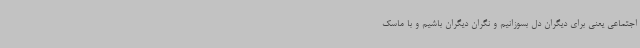
اجتماعی یعنی برای دیگران دل بسوزانیم و نگران دیگران باشیم و با ماسک